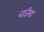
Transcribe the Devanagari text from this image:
बाजिया